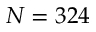
N = 3 2 4